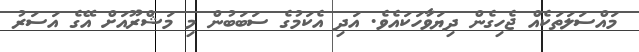
މައްސަލަތަކެއް ޖެހިގެން ދިޔަވާހަކައެވެ. އަދި އެކަމުގެ ސަބަބުން މި މަޝްރޫއަށް އޭގެ އަސަރު